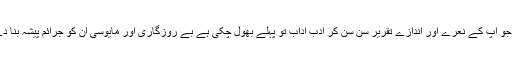
یہ بچے اگر روزگار نہ ملا تو کدھر جائیں گے یہ جرائم میں ملوث ہوں گے یہ نسل جو آپ کے نعرے اور اندازے تقریر سن سن کر ادب اداب تو پہلے بھول چکی ہے بے روزگاری اور مایوسی ان کو جرائم پیشہ بنا دے گی جرم یا خود کشی جی خود کشی کے علاوہ ان کے پاس تیسرا راستہ نہیں ہو گا۔